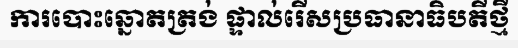
ការបោះឆ្នោតត្រង់ ផ្ទាល់រើសប្រធានាធិបតីថ្មី